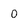
Character: 0